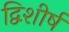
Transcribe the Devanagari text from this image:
द्विशीर्ष